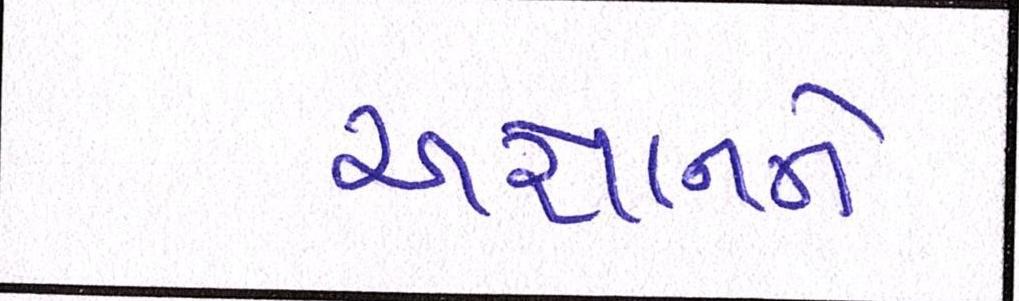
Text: અજ્ઞાનને